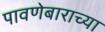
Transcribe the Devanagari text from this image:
पावणेबाराच्या